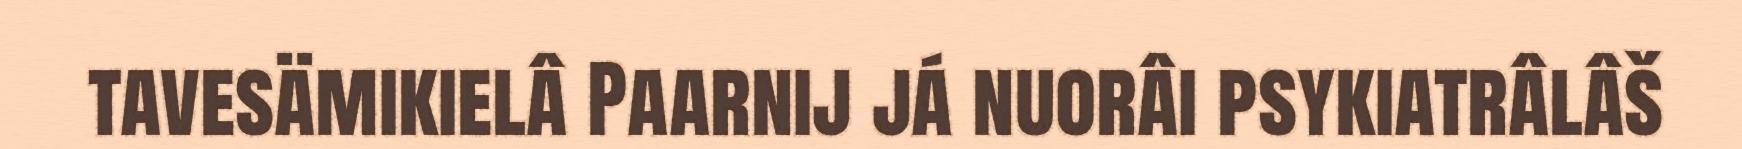
tavesämikielâ Paarnij já nuorâi psykiatrâlâš